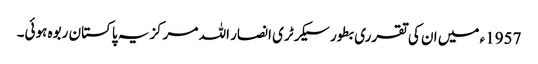
1957ء میں ان کی تقرری بطور سیکرٹری انصار اللہ مرکزیہ پاکستان ربوہ ہوئی۔